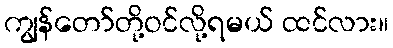
ကျွန်တော်တို့ဝင်လို့ရမယ် ထင်လား။